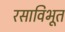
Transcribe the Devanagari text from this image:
रसाविभूत